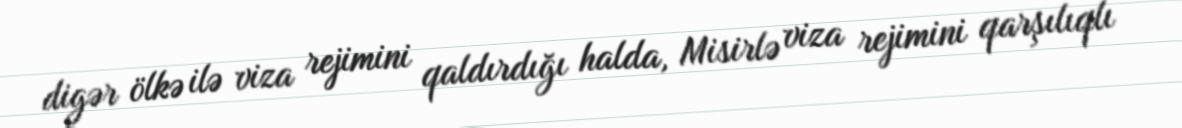
digər ölkə ilə viza rejimini qaldırdığı halda, Misirlə viza rejimini qarşılıqlı